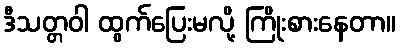
ဒီသတ္တဝါ ထွက်ပြေးမလို့ ကြိုးစားနေတာ။